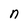
Character: n